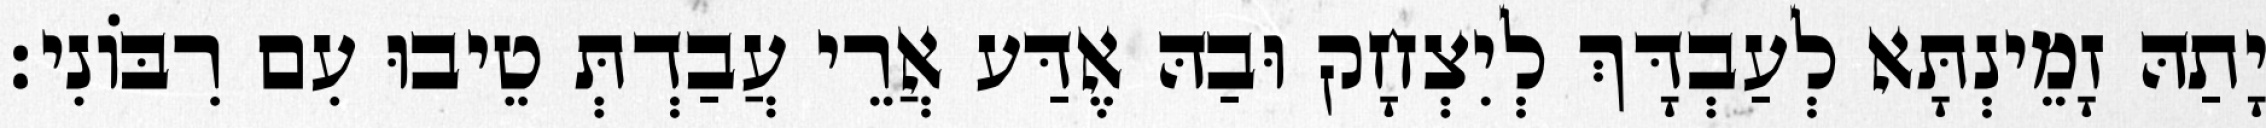
יָתַהּ זָמֵינְתָּא לְעַבְדָּךְ לְיִצְחָק וּבַהּ אֶדַּע אֲרֵי עֲבַדְתְּ טֵיבוּ עִם רִבּוֹנִי׃